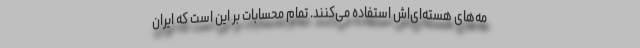
مه‌های هسته‌ای‌اش استفاده می‌کنند. تمام محسابات بر این است که ایران